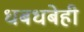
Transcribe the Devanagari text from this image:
धबधबेही